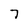
Character: 7